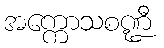
အက္ကောသစဏ္ဍီ